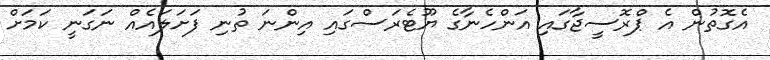
އެގޮތުން އެ ޕްރޮސީޖާގައި އަންހެނާގެ ޔޫޓެރަސްގައި އިންނަ ތުނި ފަށަލައެއް ނަގަނީ ކަމަށް